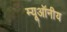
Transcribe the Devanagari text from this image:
म्यूऑनीय